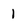
Character: 1